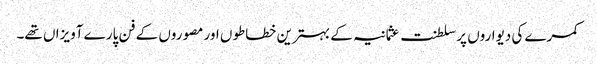
کمرے کی دیواروں پر سلطنت عثمانیہ کے بہترین خطاطوں اور مصوروں کے فن پارے آویزاں تھے۔